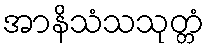
အာနိသံသသုတ္တံ